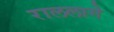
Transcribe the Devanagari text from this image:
राललागे